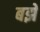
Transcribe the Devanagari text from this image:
बझे